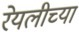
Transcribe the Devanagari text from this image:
रेयलीच्या